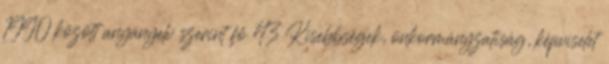
1990 között anyanyelv szerint fő 43 Kisebbségek, önkormányzatiság, képviselet